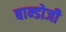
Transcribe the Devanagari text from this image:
बान्डोजी